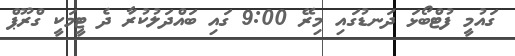
ގައުމީ ފުޓްބޯޅަ ދަނޑުގައި މިރޭ 9:00 ގައި ބައްދަލުކުރާ ދެ ޓީމަކީ ގްރޫޕް